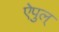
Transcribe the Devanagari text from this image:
ऐपुल्‌